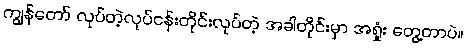
ကျွန်တော် လုပ်တဲ့လုပ်ငန်းတိုင်းလုပ်တဲ့ အခါတိုင်းမှာ အရှုံး တွေ့တာပဲ။